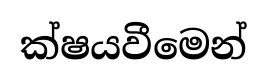
ක්ෂයවීමෙන්